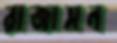
রাজাসন